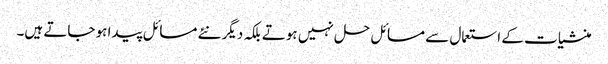
منشیات کے استعمال سے مسائل حل نہیں ہوتے بلکہ دیگر نئے مسائل پیدا ہو جاتے ہیں۔